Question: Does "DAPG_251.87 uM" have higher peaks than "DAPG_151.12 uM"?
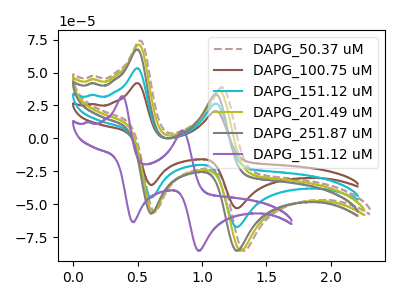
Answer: <think>The brown dashed curve "DAPG_50.37 uM" has anodic peaks at (0.50V, 74.25uA) (1.15V, 38.85uA) and cathodic peaks at (0.65V, -55.90uA) (1.30V, -85.45uA). The brown curve "DAPG_100.75 uM" has anodic peaks at (0.50V, 106.50uA) (1.10V, 53.00uA) and cathodic peaks at (0.60V, -90.10uA) (1.25V, -134.75uA). The cyan curve "DAPG_151.12 uM" has anodic peaks at (0.50V, 53.25uA) (1.10V, 26.50uA) and cathodic peaks at (0.60V, -45.05uA) (1.25V, -67.35uA). The olive curve "DAPG_201.49 uM" has anodic peaks at (0.50V, 71.20uA) (1.15V, 36.45uA) and cathodic peaks at (0.60V, -56.50uA) (1.30V, -85.45uA). The gray curve "DAPG_251.87 uM" has anodic peaks at (0.50V, 67.55uA) (1.10V, 33.65uA) and cathodic peaks at (0.60V, -57.15uA) (1.25V, -85.45uA). The purple curve "DAPG_151.12 uM" has anodic peaks at (0.40V, 32.00uA) (0.85V, 5.95uA) and cathodic peaks at (0.45V, -63.75uA) (0.95V, -85.45uA).</think>
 <answer>Every peak in "DAPG_251.87 uM" is higher than every peak in "DAPG_151.12 uM".</answer>
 <eval>higher</eval>